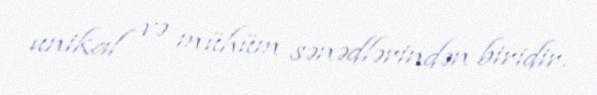
unikal və mühüm sənədlərindən biridir.